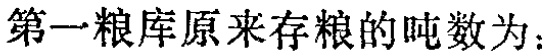
第一粮库原来存粮的吨数为：